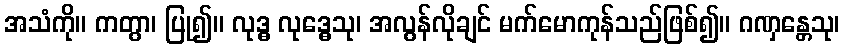
အသံကို။ ကတွာ၊ ပြု၍။ လုဒ္ဓ လုဒ္ဓေသု၊ အလွန်လိုချင် မက်မောကုန်သည်ဖြစ်၍။ ဂဏှန္တေသု၊